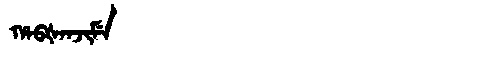
Manchu: ᡥᠠᠪᡧᠠᠨᠵᡳᠮᡝ
Romanization: HABŠANJIME